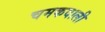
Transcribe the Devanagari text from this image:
चमकवाली